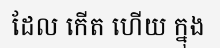
ដែល កើត ហើយ ក្នុង